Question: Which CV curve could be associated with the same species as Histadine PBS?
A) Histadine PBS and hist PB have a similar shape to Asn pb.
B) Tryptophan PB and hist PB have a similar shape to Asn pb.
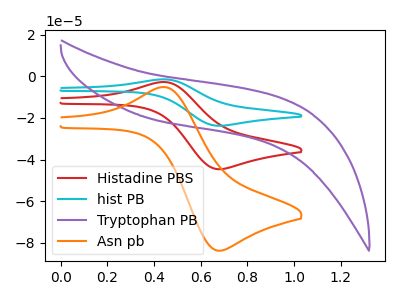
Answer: <think>The red curve "Histadine PBS" has an anodic peak at (0.45V, -2.80uA) and a cathodic peak at (0.70V, -44.65uA). The cyan curve "hist PB" has an anodic peak at (0.45V, -5.60uA) and a cathodic peak at (0.70V, -89.35uA). The purple curve "Tryptophan PB" has no peaks. The orange curve "Asn pb" has an anodic peak at (0.45V, -5.25uA) and a cathodic peak at (0.70V, -83.85uA).
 All the peaks in "Histadine PBS" have a peak in "hist PB" at the same potential. "Histadine PBS" and "Tryptophan PB" have a different number of peaks. All the peaks in "Histadine PBS" have a peak in "Asn pb" at the same potential. "hist PB" and "Tryptophan PB" have a different number of peaks. All the peaks in "hist PB" have a peak in "Asn pb" at the same potential. "Tryptophan PB" and "Asn pb" have a different number of peaks.</think>
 <answer>A) "Histadine PBS" and "hist PB" have a similar shape to "Asn pb".</answer>
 <eval>A</eval>